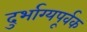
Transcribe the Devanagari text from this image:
दुर्भाग्यपूर्वक